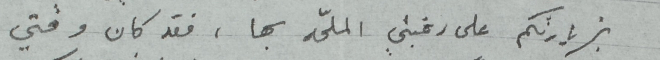
بزيارتكم على رغبتي الملحّه بها ، فقد كان وقتي